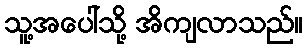
သူ့အပေါ်သို့ အိကျလာသည်။